Annual report of the Punjab Veterinary College and of the Civil Veterinary Department, Punjab - 1909-1919
Year: 1909
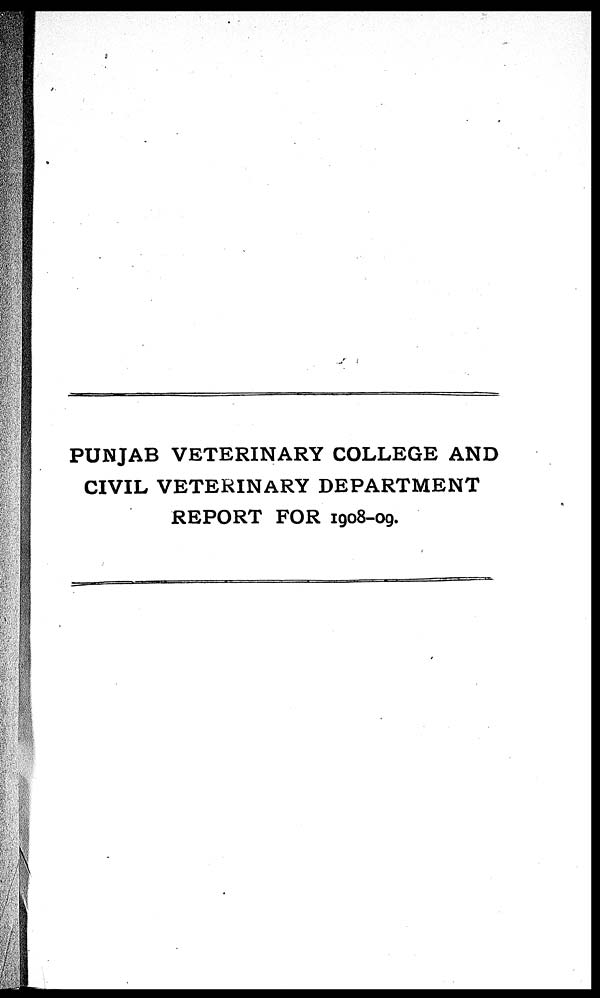
PUNJAB VETERINARY COLLEGE AND
CIVIL VETERINARY DEPARTMENT
REPORT FOR 1908-09.